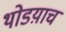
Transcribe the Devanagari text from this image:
थोडय़ाच